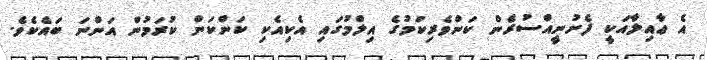
އެ ޢާއިލާއަކީ ފެށުނީއްސުރެން ކަންވެރިކަމުގެ އިލްމުގައި އެކިއެކި ކަންކަން ކުރަމުން އަންނަ ބައެކެވެ.